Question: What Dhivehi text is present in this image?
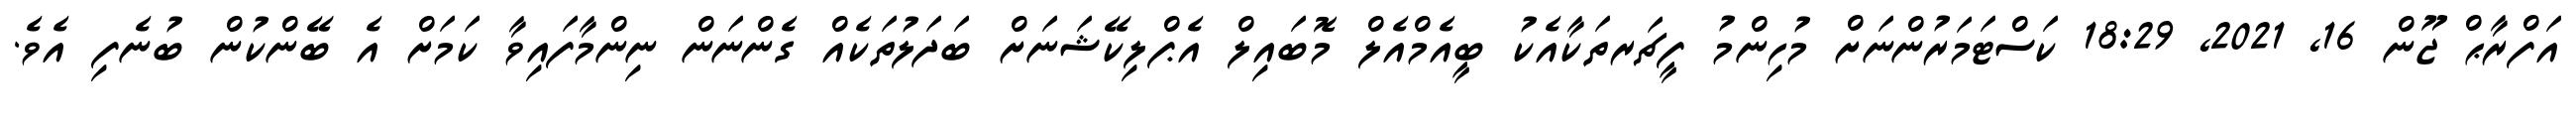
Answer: އަފްރާޙް ޖޫން 16, 2021, 18:29 ކަސްޓަމަރުންނަށް މުހިންމު ފީޗަރތަކާއެކު ބީއެމްއެލް މޮބައިލް އެޕްލިކޭޝަނަށް ބަދަލުތަކެއް ގެންނަން ނިންމާފައިވާ ކަމަށް އެ ބޭންކުން ބުނެފި އެވެ.